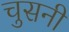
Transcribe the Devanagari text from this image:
चुसनी